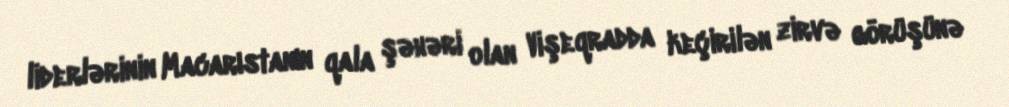
liderlərinin Macarıstanın qala şəhəri olan Vişeqradda keçirilən zirvə görüşünə